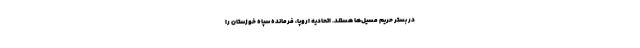
در بستر حریم مسیل‌ها هستند. اتحادیه اروپا، فرمانده سپاه خوزستان را